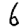
Digit: 6